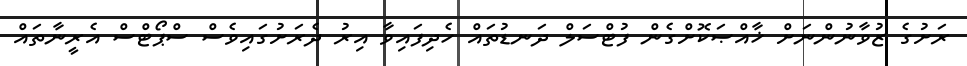
ރަށުގެ ޒުވާނުންނަށް ޚާާއްޞަކޮށްގެން ފުޓްސަލް ދަނޑުތައް ހެދިފައިވާ އިރު ދެރަށުގައިވެސް ސްޕޯޓްސް އެރީނާތައް